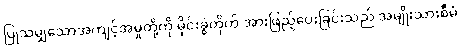
ပြုသမျှသောအကျင့်အမှုတို့ကို မိုင်းခွဲတိုက် အားဖြည့်ပေးခြင်းသည် အမျိုးသားစီမံ